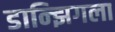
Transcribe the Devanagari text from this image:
डान्झिगला